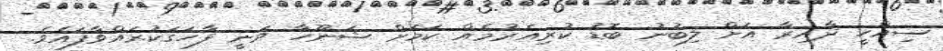
ސިއްހީ ދާއިރާ އަށް ލިބުނު ބޮޑު ކުރިއެރުމެއް ކަމަށް ޝަނޫހާ ވަނީ ފާހަގަކުރައްވާފައެވެ.